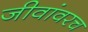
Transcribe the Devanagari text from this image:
जीवांवरच